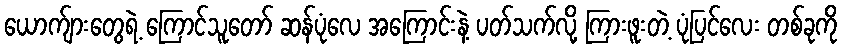
ယောက်ျားတွေရဲ့ ကြောင်သူတော် ဆန်ပုံလေ အကြောင်းနဲ့ ပတ်သက်လို့ ကြားဖူးတဲ့ ပုံပြင်လေး တစ်ခုကို